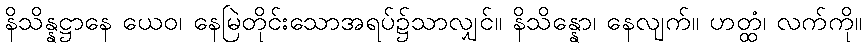
နိသိန္နဋ္ဌာနေ ယေဝ၊ နေမြဲတိုင်းသောအရပ်၌သာလျှင်။ နိသိန္နော၊ နေလျက်။ ဟတ္ထံ၊ လက်ကို။